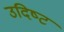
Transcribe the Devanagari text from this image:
उदिष्‍ट